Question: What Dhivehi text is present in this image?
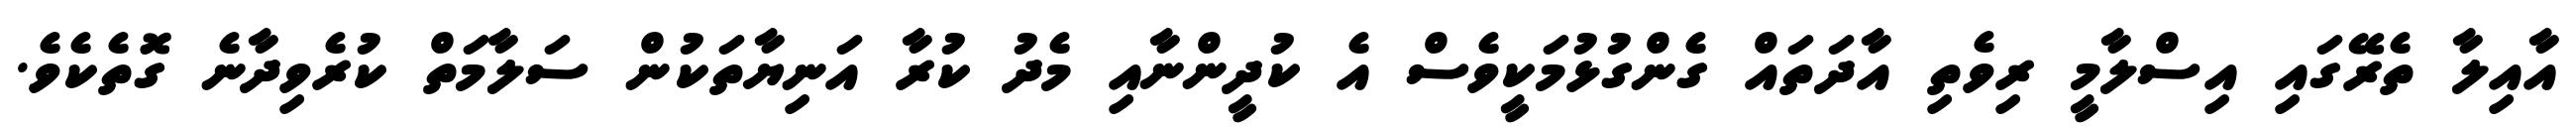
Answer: އާއިލާ ތެރޭގައި އިސްލާމީ ރިވެތި އާދަތައް ގެންގުޅުމަކީވެސް އެ ކުދީންނާއި މެދު ކުރާ އަނިޔާތަކުން ސަލާމަތް ކުރެވިދާނެ ގޮތެކެވެ.